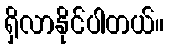
ရှိလာနိုင်ပါတယ်။